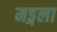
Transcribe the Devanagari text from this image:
मड्गला